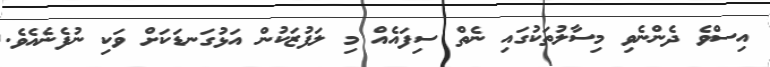
އިސްވެ ދެންނެވި މިސާލުތަކުގައި ނެތް ސިފައެއް މި ލަފުޒަކުން އަޅުގަނޑަކަށް ވަކި ނުފެނެއެވެ.